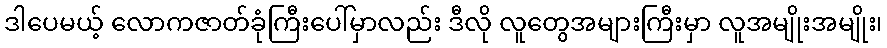
ဒါပေမယ့် လောကဇာတ်ခုံကြီးပေါ်မှာလည်း ဒီလို လူတွေအများကြီးမှာ လူအမျိုးအမျိုး၊